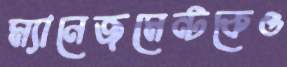
ম্যানেজমেন্টকেও